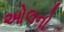
ઓલનો